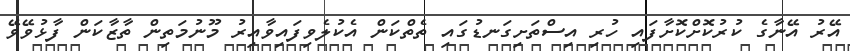
އޭރު އޭނާގެ ކުރުކޮށްކޮށާފައި ހުރި އިސްތަށިގަނޑުގައި ތެތްކަން އެކުލެވިފައިވާއިރު މޫނުމަތިން ތާޒާކަން ފާޅުވޭވޭ